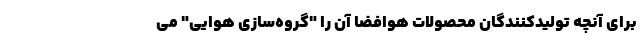
برای آنچه تولیدکنندگان محصولات هوافضا آن را "گروه‌سازی هوایی" می